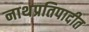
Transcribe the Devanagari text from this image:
नाथप्रतिपादीत